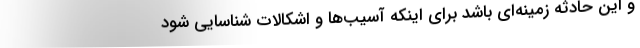
و این حادثه زمینه‌ای باشد برای اینکه آسیب‌ها و اشکالات شناسایی شود